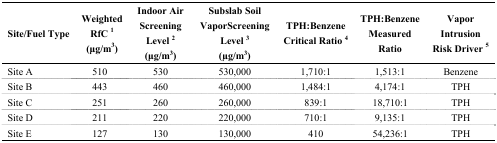
| Site/Fuel Type | Weighted RfC 1(μg/m3) | Indoor AirScreening Level 2(μg/m3) | Subslab Soil VaporScreening Level 3(μg/m3) | TPH:Benzene Critical Ratio 4 | TPH:Benzene Measured Ratio | Vapor Intrusion Risk Driver 5 |
 | --- | --- | --- | --- | --- | --- | --- |
 | Site A | 510 | 530 | 530,000 | 1,710:1 | 1,513:1 | Benzene |
 | Site B | 443 | 460 | 460,000 | 1,484:1 | 4,174:1 | TPH |
 | Site C | 251 | 260 | 260,000 | 839:1 | 18,710:1 | TPH |
 | Site D | 211 | 220 | 220,000 | 710:1 | 9,135:1 | TPH |
 | Site E | 127 | 130 | 130,000 | 410 | 54,236:1 | TPH |